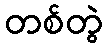
တစ်တွဲ